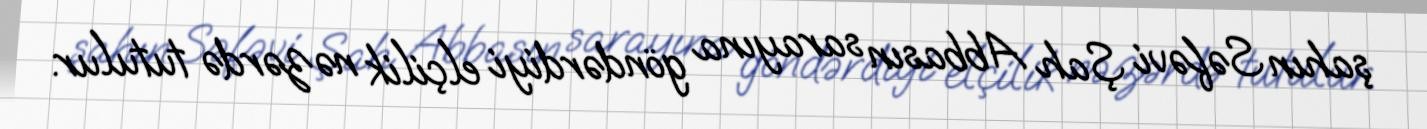
şahın Səfəvi Şah Abbasın sarayına göndərdiyi elçilik nəzərdə tutulur.